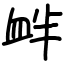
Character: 衅